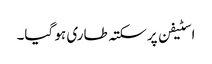
اسٹیفن پر سکتہ طاری ہو گیا۔